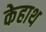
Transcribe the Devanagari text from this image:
केहाथ